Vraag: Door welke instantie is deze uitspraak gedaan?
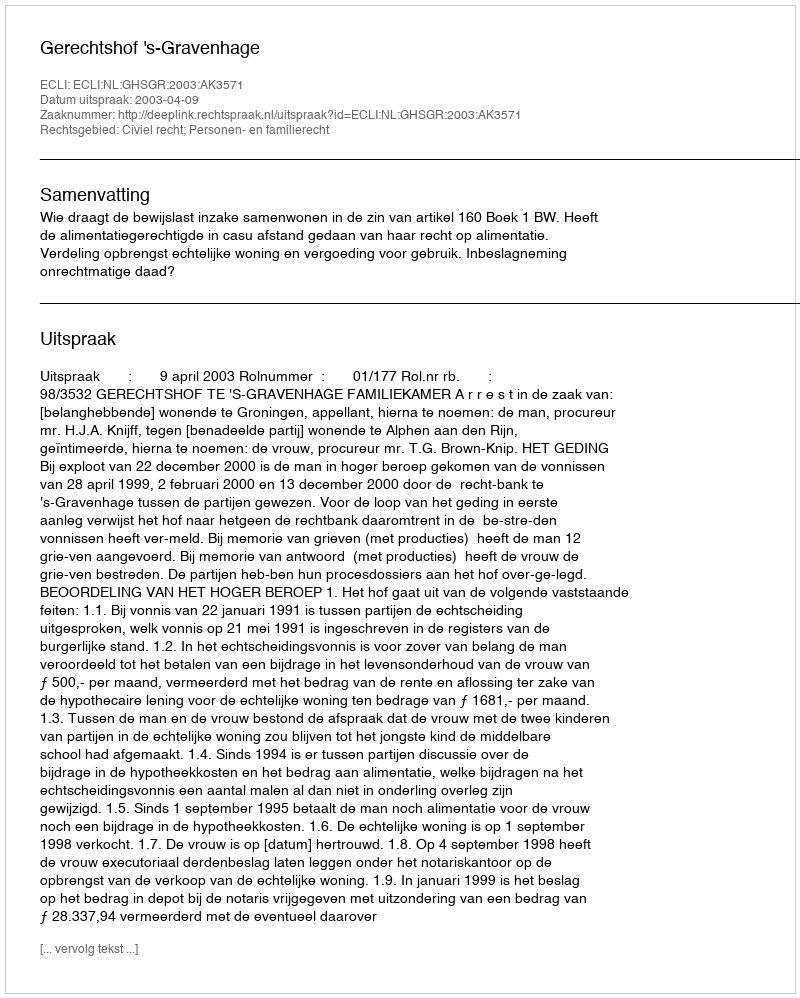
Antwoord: Gerechtshof 's-Gravenhage